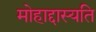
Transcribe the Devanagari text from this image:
मोहाद्दास्यति